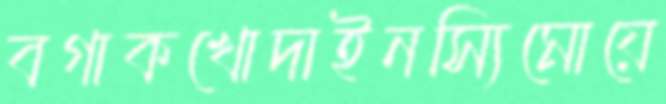
বগাকখোদাইনস্যিমোয়ে